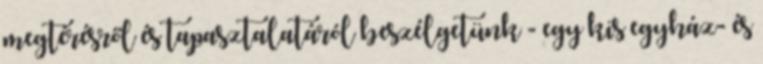
megtérésről és tapasztalatáról beszélgetünk - egy kis egyház- és